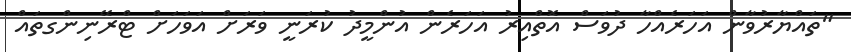
"ތައްޔާރުވާން އަހަރެއްހާ ދުވަސް އޮތްއިރު އަހަރެން އުންމީދު ކުރަނީ ވަރަށް އަވަހަށް ޓްރޭނިންގތައް